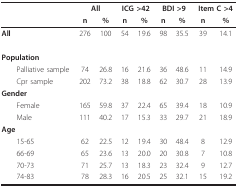
<table><thead><tr><td></td><td colspan="2"><b>All</b></td><td colspan="2"><b>ICG &gt;42</b></td><td colspan="2"><b>BDI &gt;9</b></td><td colspan="2"><b>Item C &gt;4</b></td></tr><tr><td></td><td><b>n</b></td><td><b>%</b></td><td><b>n</b></td><td><b>%</b></td><td><b>n</b></td><td><b>%</b></td><td><b>n</b></td><td><b>%</b></td></tr></thead><tbody><tr><td><b>All</b></td><td>276</td><td>100</td><td>54</td><td>19.6</td><td>98</td><td>35.5</td><td>39</td><td>14.1</td></tr><tr><td><b>Population</b></td><td></td><td></td><td></td><td></td><td></td><td></td><td></td><td></td></tr><tr><td> Palliative sample</td><td>74</td><td>26.8</td><td>16</td><td>21.6</td><td>36</td><td>48.6</td><td>11</td><td>14.9</td></tr><tr><td> Cpr sample</td><td>202</td><td>73.2</td><td>38</td><td>18.8</td><td>62</td><td>30.7</td><td>28</td><td>13.9</td></tr><tr><td><b>Gender</b></td><td></td><td></td><td></td><td></td><td></td><td></td><td></td><td></td></tr><tr><td> Female</td><td>165</td><td>59.8</td><td>37</td><td>22.4</td><td>65</td><td>39.4</td><td>18</td><td>10.9</td></tr><tr><td> Male</td><td>111</td><td>40.2</td><td>17</td><td>15.3</td><td>33</td><td>29.7</td><td>21</td><td>18.9</td></tr><tr><td><b>Age</b></td><td></td><td></td><td></td><td></td><td></td><td></td><td></td><td></td></tr><tr><td> 15-65</td><td>62</td><td>22.5</td><td>12</td><td>19.4</td><td>30</td><td>48.4</td><td>8</td><td>12.9</td></tr><tr><td> 66-69</td><td>65</td><td>23.6</td><td>13</td><td>20.0</td><td>20</td><td>30.8</td><td>7</td><td>10.8</td></tr><tr><td> 70-73</td><td>71</td><td>25.7</td><td>13</td><td>18.3</td><td>23</td><td>32.4</td><td>9</td><td>12.7</td></tr><tr><td> 74-83</td><td>78</td><td>28.3</td><td>16</td><td>20.5</td><td>25</td><td>32.1</td><td>15</td><td>19.2</td></tr></tbody></table>